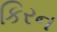
કિરન